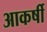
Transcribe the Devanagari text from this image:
आकर्षी